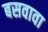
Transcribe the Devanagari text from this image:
बसवावा